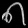
Digit: ၈